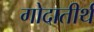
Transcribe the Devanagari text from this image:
गोदातीर्थ